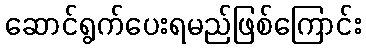
ဆောင်ရွက်ပေးရမည်ဖြစ်ကြောင်း